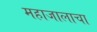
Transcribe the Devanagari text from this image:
महाजालाचा